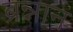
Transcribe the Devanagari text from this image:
ब्रन्नान